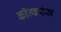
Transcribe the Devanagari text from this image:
कॉन्फरंस